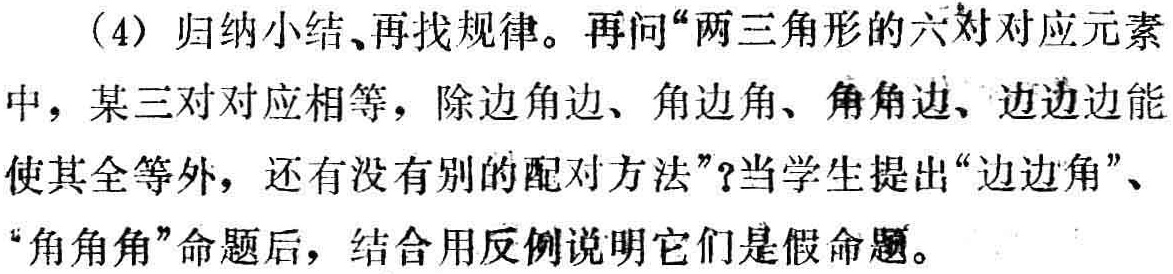
（4）归纳小结、再找规律。再问“两三角形的六对对应元素中，某三对对应相等，除边角边、角边角、角角边、边边边能使其全等外，还有没有别的配对方法”？当学生提出“边边角”、“角角角”命题后，结合用反例说明它们是假命题。